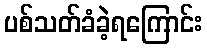
ပစ်သတ်ခံခဲ့ရကြောင်း